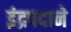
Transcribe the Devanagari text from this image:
इंद्रपदाने